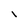
Character: I